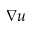
\nabla u